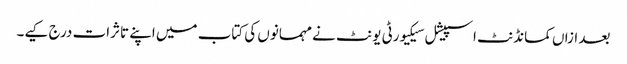
بعد ازاں کمانڈنٹ اسپیشل سیکیورٹی یونٹ نے مہمانوں کی کتاب میں اپنے تاثرات درج کیے۔